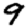
Digit: 9